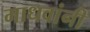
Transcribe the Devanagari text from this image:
माधवांनी